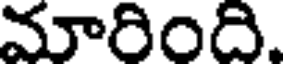
మారింది.